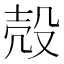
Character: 殻